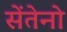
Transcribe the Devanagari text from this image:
सेंतेनो